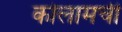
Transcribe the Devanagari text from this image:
कोलामची